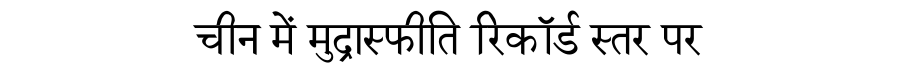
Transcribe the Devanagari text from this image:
चीन में मुद्रास्फीति रिकॉर्ड स्तर पर